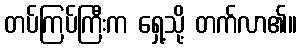
တပ်ကြပ်ကြီးက ရှေ့သို့ တက်လာ၏။